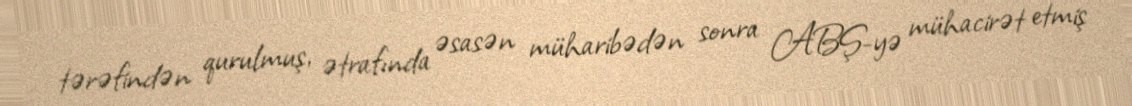
tərəfindən qurulmuş, ətrafında əsasən müharibədən sonra ABŞ-yə mühacirət etmiş